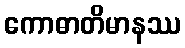
ကောဓာတိမာနဿ